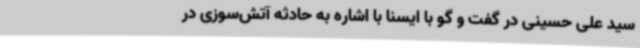
سید علی حسینی در گفت و گو با ایسنا با اشاره به حادثه آتش‌سوزی در